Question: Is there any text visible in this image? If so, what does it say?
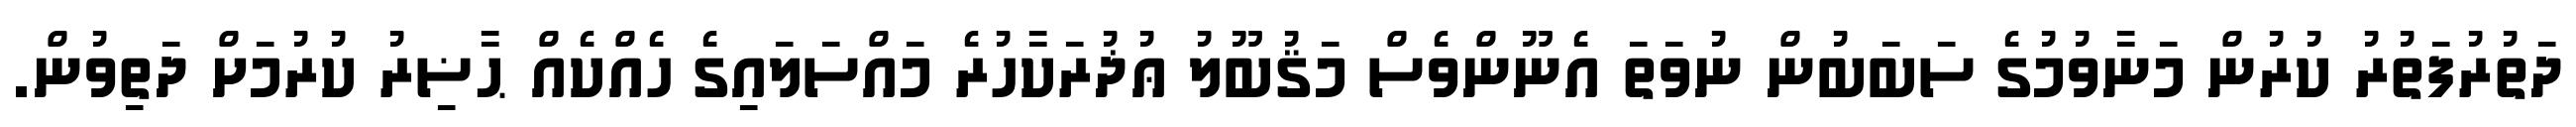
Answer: ދަތުރުފަތުރު ކުރުން މަނާވުމުގެ ސަބަބުން ނުވަތަ އެނޫންވެސް މަޤުބޫލު ޢުޛުރަކާހުރެ މައްސަލައިގެ ހެއްކެއް ޙާޟިރު ކުރުމަށް ދަތިވުން.